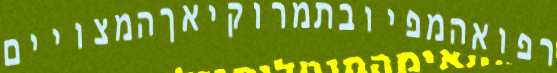
רפואהמפיובתמרוקיאךהמצויים